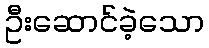
ဦးဆောင်ခဲ့သော